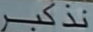
نذكبر